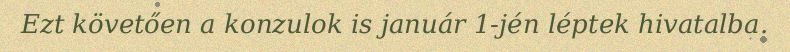
Ezt követően a konzulok is január 1-jén léptek hivatalba.